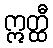
ဣတ္ထီ